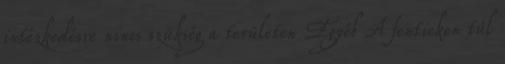
intézkedésre nincs szükség a területen Egyéb A fentieken túl